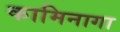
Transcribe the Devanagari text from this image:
कामिनागा